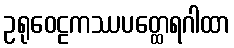
ဥရုဝေဠကဿပတ္ထေရဂါထာ